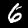
Digit: 6